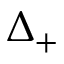
\Delta _ { + }